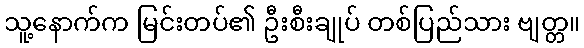
သူ့နောက်က မြင်းတပ်၏ ဦးစီးချုပ် တစ်ပြည်သား ဗျတ္တ။